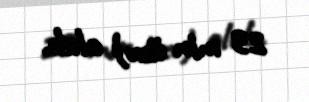
23 min üzv) olub.